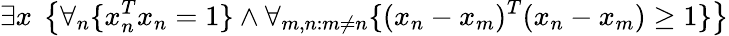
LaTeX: \exists x\ \left\{ \forall_{n}\{ x_{n}^{T}x_{n}=1\} \land\forall_{m,n:m\neq n}\{ (x_{n}-x_{m})^{T}(x_{n}-x_{m})\geq 1\} \right\}